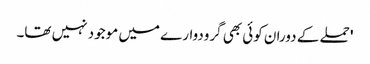
' حملے کے دوران کوئی بھی گرودوارے میں موجود نہیں تھا۔